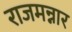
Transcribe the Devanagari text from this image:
राजमन्नार